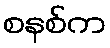
စနစ်က